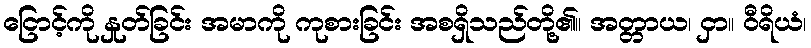
ငြောင့်ကို နှုတ်ခြင်း အမာကို ကုစားခြင်း အစရှိသည်တို့၏။ အတ္တာယ၊ ငှာ။ ဝီရိယံ၊